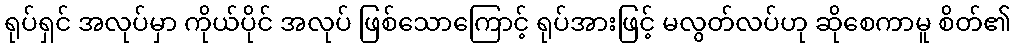
ရုပ်ရှင် အလုပ်မှာ ကိုယ်ပိုင် အလုပ် ဖြစ်သောကြောင့် ရုပ်အားဖြင့် မလွတ်လပ်ဟု ဆိုစေကာမူ စိတ်၏